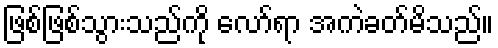
ဖြစ်ဖြစ်သွားသည်ကို လော်ရာ အကဲခတ်မိသည်။